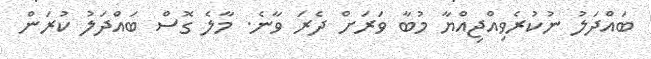
ބައްދަލު ނުކުރެވިއްޖިއްޔާ މުބާ ވަރަށް ދެރަ ވާނެ. މާލެ ގޮސް ބައްދަލު ކުރަން